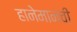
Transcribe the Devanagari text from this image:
हानेमानची